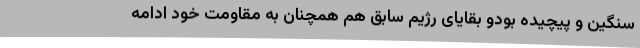
سنگین و پیچیده بودو بقایای رژیم سابق هم همچنان به مقاومت خود ادامه